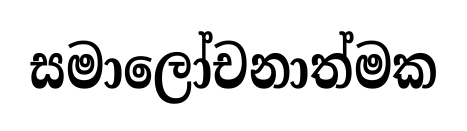
සමාලෝචනාත්මක